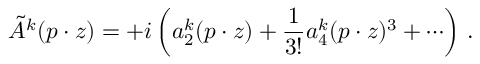
\tilde { A } ^ { k } ( p \cdot z ) = + i \left( a _ { 2 } ^ { k } ( p \cdot z ) + \frac { 1 } { 3 ! } a _ { 4 } ^ { k } ( p \cdot z ) ^ { 3 } + \cdots \right) \, .